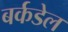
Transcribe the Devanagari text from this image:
बर्कडेल